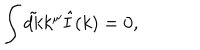
\int \tilde { d k } k ^ { \mu } \hat { I } ( k ) = 0 ,